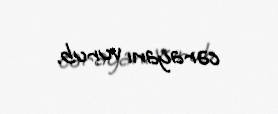
cərayanı vurub.